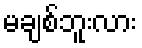
မချစ်ဘူးလား